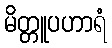
မိတ္တူပဟာရံ